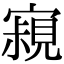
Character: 𡫁